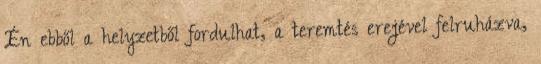
Én ebből a helyzetből fordulhat, a teremtés erejével felruházva,